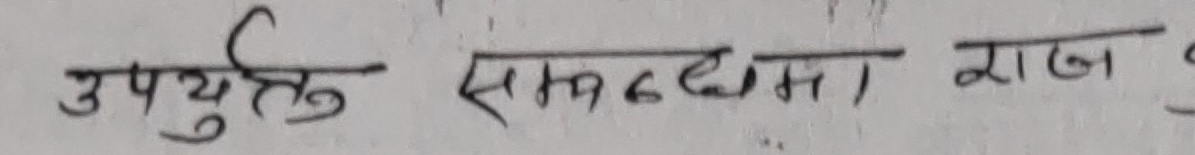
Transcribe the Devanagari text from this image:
उपयुक्त सामदमा राखा